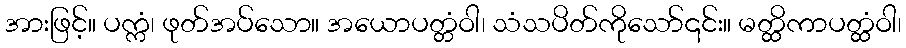
အားဖြင့်။ ပက္ကံ၊ ဖုတ်အပ်သော။ အယောပတ္တံဝါ၊ သံသပိတ်ကိုသော်၎င်း။ မတ္ထိကာပတ္ထံဝါ၊